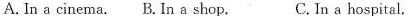
A. In a cinema. B. In a shop. C. In a hospital.